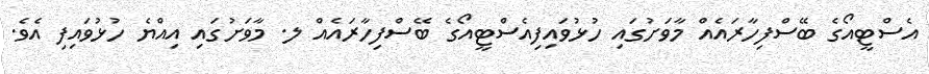
އެސްޓީއޯގެ ބޭސްފިހާރައެއް މާވަށުގައި ހުޅުވައިފިއެސްޓީއޯގެ ބޭސްފިހާރައެއް ލ. މާވަށުގައި އިއްޔެ ހުޅުވައިފި އެވެ.